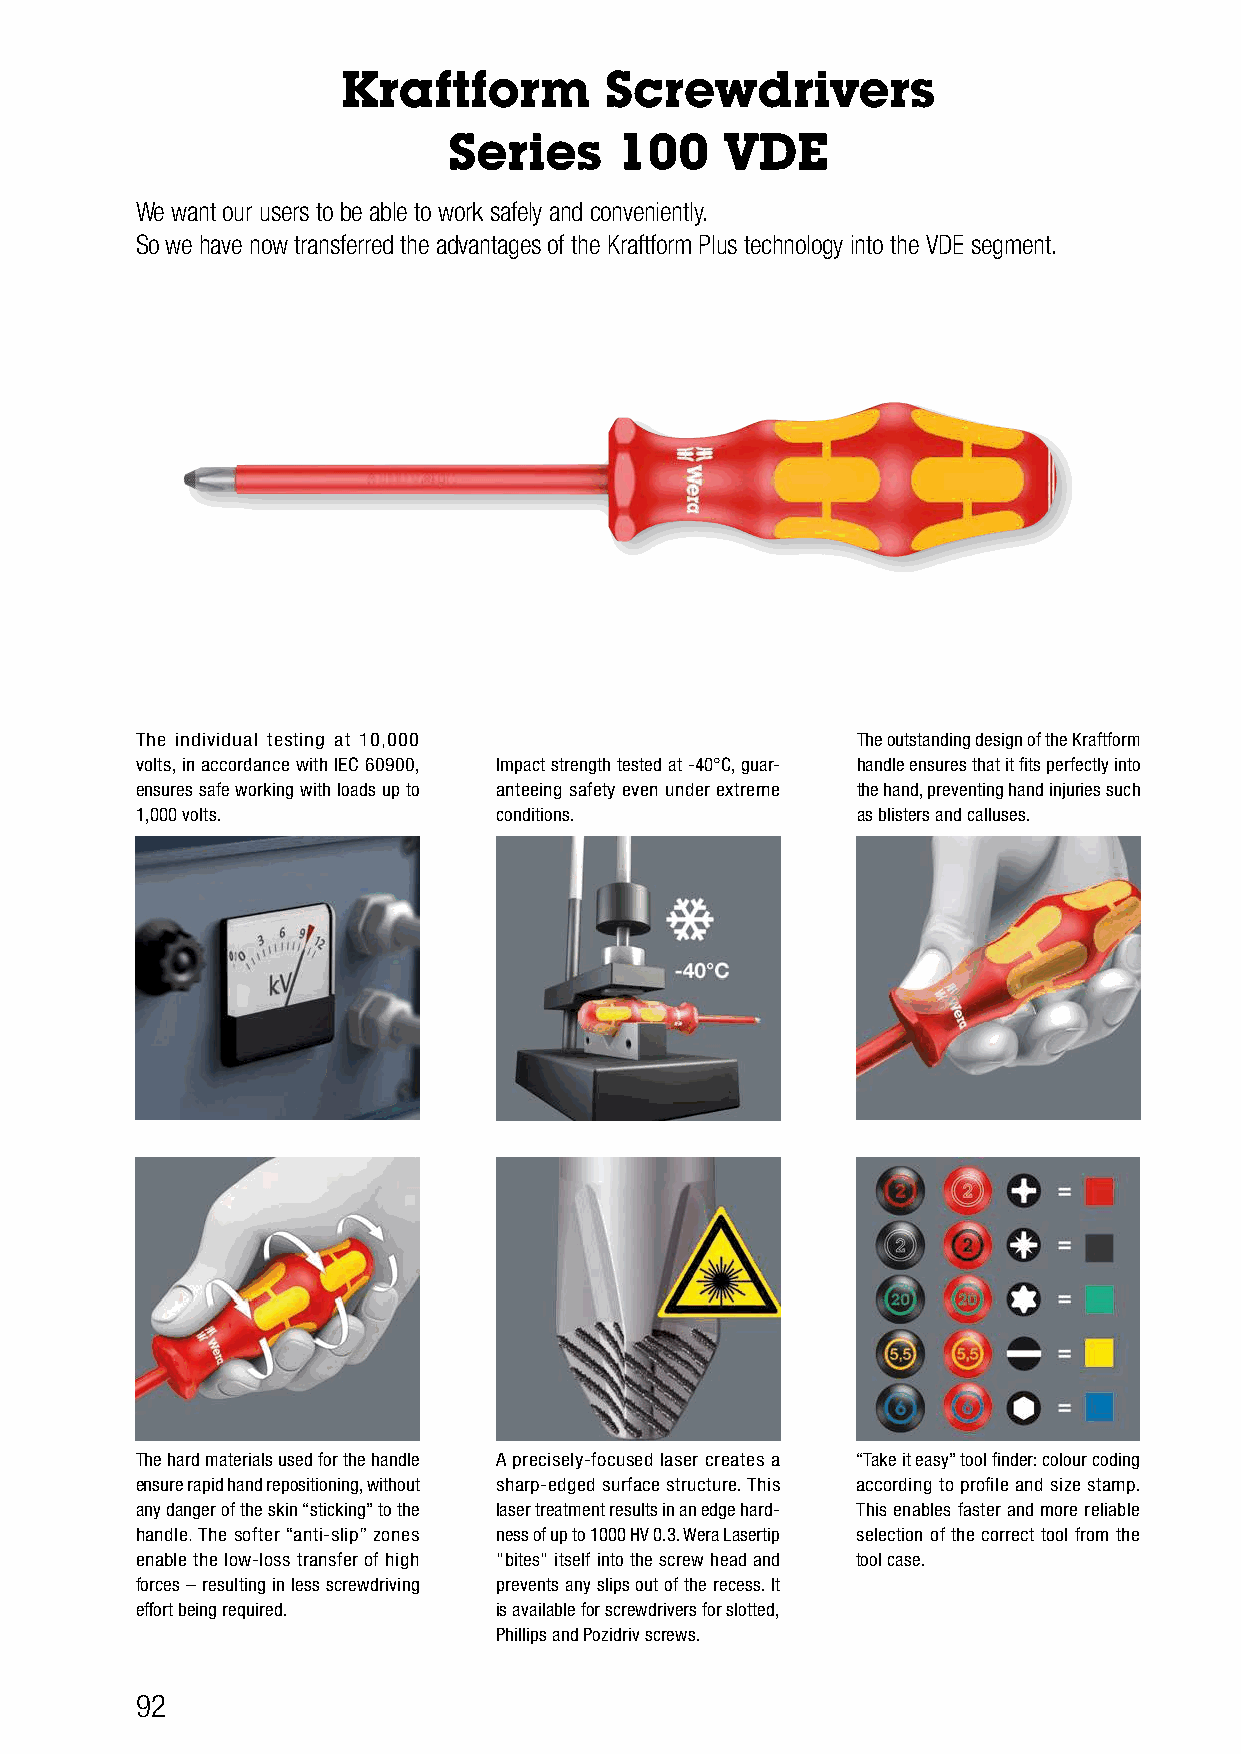
Kraftform        Screwdrivers
 Series     100    VDE
 We want our users to be able to work safely and conveniently.
 So we have now transferred the advantages of the Kraftform Plus technology into the VDE segment.
 The individual testing at 10,000                The outstanding design of the Kraftform
 volts, in accordance with IEC 60900, Impact strength tested at -40°C, guar- handle ensures that it fits perfectly into
 ensures safe working with loads up to anteeing safety even under extreme the hand, preventing hand injuries such
 1,000 volts.            conditions.             as blisters and calluses.
 The hard materials used for the handle A precisely-focused laser creates a “Take it easy” tool finder: colour coding
 ensure rapid hand repositioning, without sharp-edged surface structure. This according to profile and size stamp.
 any danger of the skin “sticking” to the laser treatment results in an edge hard- This enables faster and more reliable
 handle. The softer “anti-slip” zones ness of up to 1000 HV 0.3. Wera Lasertip selection of the correct tool from the
 enable the low-loss transfer of high “bites” itself into the screw head and tool case.
 forces – resulting in less screwdriving prevents any slips out of the recess. It
 effort being required.  is available for screwdrivers for slotted,
 Phillips and Pozidriv screws.
 92